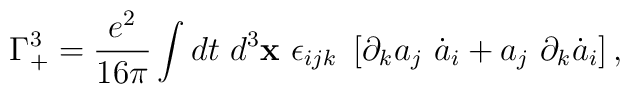
\Gamma_{+}^{3}=\frac{e^{2}}{16\pi}\int d t ~d^{3}{\bf x}~\epsilon_{ijk} ~\left[\partial_{k} a_{j} ~\dot{a}_{i}+ a_{j}~\partial_{k}\dot{a}_{i}\right],